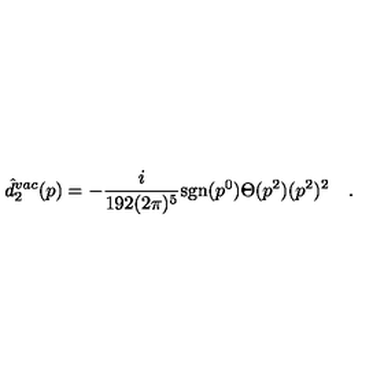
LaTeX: \hat { d } _ { 2 } ^ { v a c } ( p ) = - \frac { i } { 1 9 2 ( 2 \pi ) ^ { 5 } } \mathrm { s g n } ( p ^ { 0 } ) \Theta ( p ^ { 2 } ) ( p ^ { 2 } ) ^ { 2 } \quad .